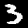
Digit: 3